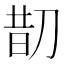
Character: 𠝖